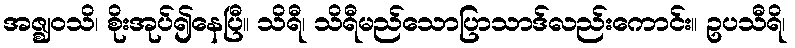
အဇ္ဈဝသိ၊ စိုးအုပ်၍နေပြီ။ သိရီ၊ သိရီမည်သောပြာသာဒ်လည်းကောင်း။ ဥပသီရိ၊